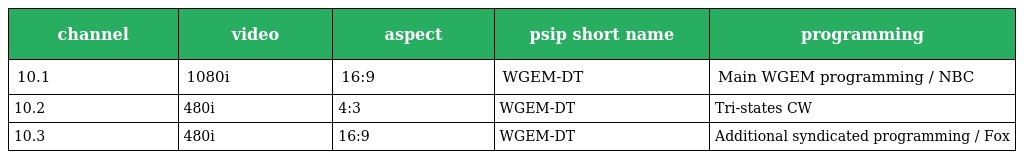
| channel | video | aspect | psip short name | programming |
 | --- | --- | --- | --- | --- |
 | 10.1 | 1080i | 16:9 | WGEM-DT | Main WGEM programming / NBC |
 | 10.2 | 480i | 4:3 | WGEM-DT | Tri-states CW |
 | 10.3 | 480i | 16:9 | WGEM-DT | Additional syndicated programming / Fox |